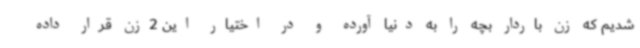
شدیم که زن باردار بچه را به دنیا آورده و در اختیار این 2زن قرار داده